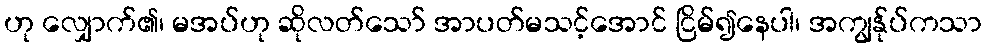
ဟု လျှောက်၏၊ မအပ်ဟု ဆိုလတ်သော် အာပတ်မသင့်အောင် ငြိမ်၍နေပါ၊ အကျွန်ုပ်ကသာ